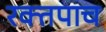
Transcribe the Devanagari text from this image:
रक्तपाच